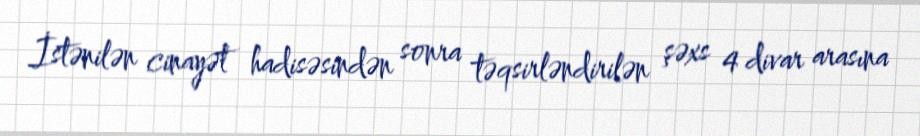
İstənilən cinayət hadisəsindən sonra təqsirləndirilən şəxs 4 divar arasına